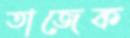
তাজেক